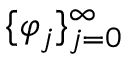
\{ \varphi _ { j } \} _ { j = 0 } ^ { \infty }